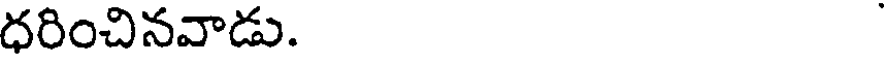
ధరించినవాడు.